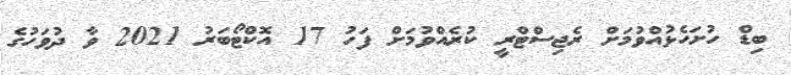
ބިޑް ހުށަހެޅުއްވުމަށް ރެޖިސްޓްރީ ކުރެއްވުމަށް ފަހު 17 އޮކްޓޯބަރު 2021 ވާ ދުވަހުގެ